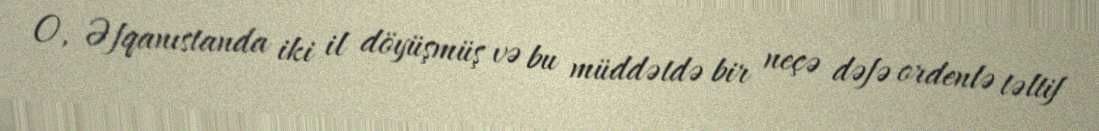
O, Əfqanıstanda iki il döyüşmüş və bu müddətdə bir neçə dəfə ordenlə təltif